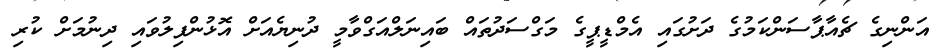
އަންނިގެ ޗެއާޕާސަންކަމުގެ ދަށުގައި އެމްޑީޕީގެ މަގްސަދުތައް ބައިނަލްއަގްވާމީ ދުނިޔެއަށް އޮޅުންފިލުވައި ދިނުމަށް ކުރި